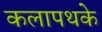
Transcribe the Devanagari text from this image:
कलापथके